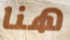
هنا